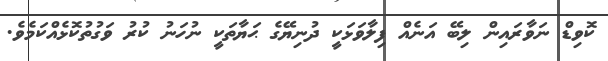
ކޮވިޑް ނަވާރައިން ލިބޭ އަނެއް ފިލާވަޅަކީ ދުނިޔޭގެ ޙަޔާތަކީ ނުހަނު ކުރު ވަގުތުކޮޅެއްކަމެވެ.